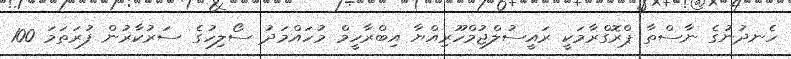
ހެނދުނުގެ ނާސްތާ ޕްރޮގްރާމަކީ ރައީސުލްޖުމްހޫރިއްޔާ އިބްރާހީމް މުހައްމަދު ސޯލިހުގެ ސަރުކާރުން ފުރަތަމަ 100